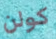
كولن